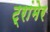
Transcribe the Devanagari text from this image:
ट्रांमेर